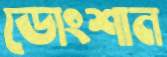
ডোংশান